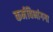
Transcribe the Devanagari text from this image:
कर्मविभांगगा